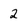
Character: 2